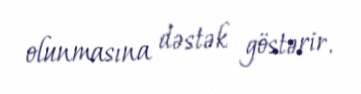
olunmasına dəstək göstərir.